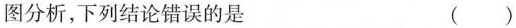
图分析，下列结论错误的是 ( )